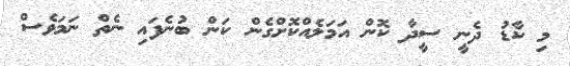
މި ކާޑު ދެނީ ސީދާ ކޮން އަމަލެއްކޮށްގެން ކަން ބުނެފައި ނެތް ނަމަވެސް